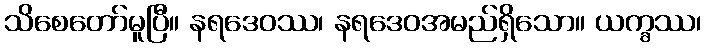
သိစေတော်မူပြီ။ နရဒေဝဿ၊ နရဒေဝအမည်ရှိသော။ ယက္ခဿ၊